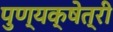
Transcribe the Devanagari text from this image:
पुण्यक्षेत्री